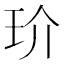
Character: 玠